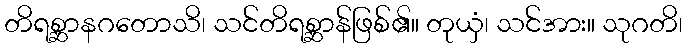
တိရစ္ဆာနဂတောသိ၊ သင်တိရစ္ဆာန်ဖြစ်၏။ တုယှံ၊ သင်အား။ သုဂတိ၊